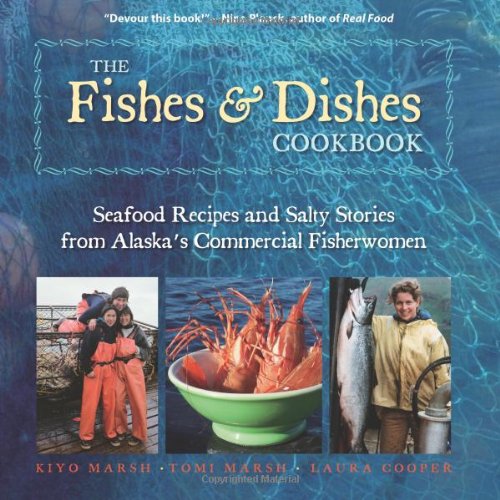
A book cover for The Fishes & Dishes Cookbook: Seafood Recipes and Salty Stories from Alaska's Commercial Fisherwomen; Kiyo Marsh; Cookbooks, Food & Wine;